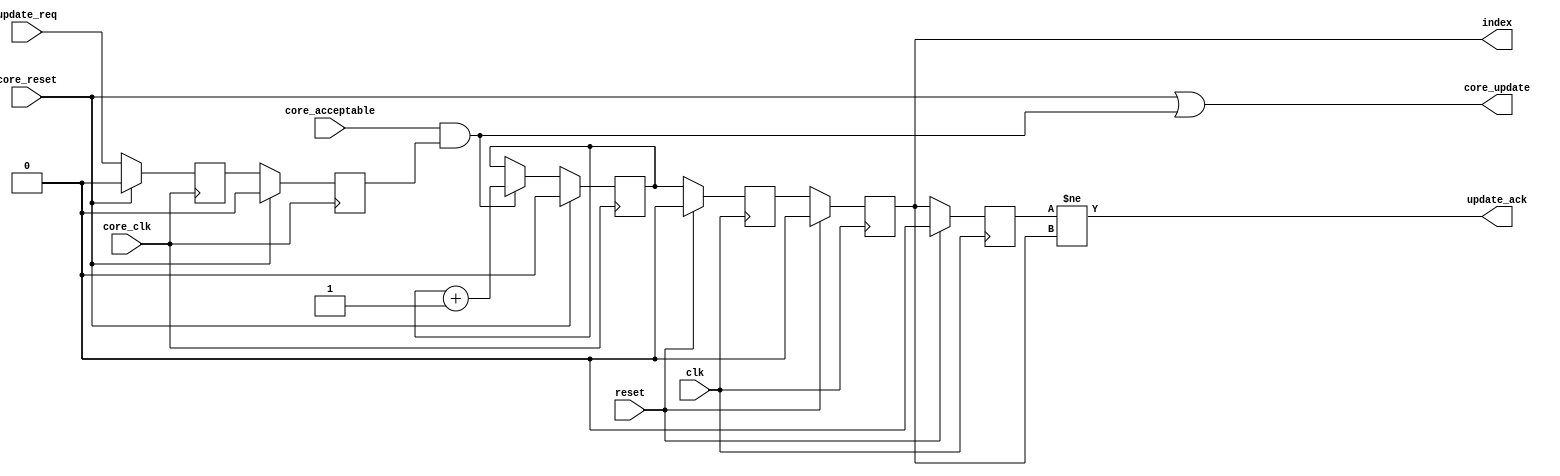
// This program was cloned from: https://github.com/ryuz/jelly
// License: MIT License

// ---------------------------------------------------------------------------
//  Jelly  -- The platform for real-time computing
//
//                                 Copyright (C) 2008-2020 by Ryuz
//                                 https://github.com/ryuz/jelly.git
// ---------------------------------------------------------------------------



`timescale 1ns / 1ps
`default_nettype none



module jelly_shadow_reg_ctl
        #(
            parameter   INDEX_WIDTH = 1,
            parameter   INIT_INDEX  = {INDEX_WIDTH{1'b0}}
        )
        (
            input   wire                            reset,
            input   wire                            clk,
            input   wire                            update_req,
            output  wire                            update_ack,
            output  wire    [INDEX_WIDTH-1:0]       index,
            
            input   wire                            core_reset,
            input   wire                            core_clk,
            input   wire                            core_acceptable,
            output  wire                            core_update
        );
    
    wire    [INDEX_WIDTH-1:0]   sig_index;
    
    (* ASYNC_REG = "true" *)    reg     [INDEX_WIDTH-1:0]   ff0_index;
    (* ASYNC_REG = "true" *)    reg     [INDEX_WIDTH-1:0]   ff1_index;
    (* ASYNC_REG = "true" *)    reg     [INDEX_WIDTH-1:0]   ff2_index;
    
    always @(posedge clk) begin
        if ( reset ) begin
            ff0_index <= INIT_INDEX;
            ff1_index <= INIT_INDEX;
            ff2_index <= INIT_INDEX;
        end
        else begin
            ff0_index <= sig_index;
            ff1_index <= ff0_index;
            ff2_index <= ff1_index;
        end
    end
    
    assign update_ack = (ff2_index[0] != ff1_index[0]);
    assign index      = ff1_index;
    
    
    
    (* ASYNC_REG = "true" *)    reg         ff0_update;
    (* ASYNC_REG = "true" *)    reg         ff1_update;
    always @(posedge core_clk) begin
        if ( core_reset ) begin
            ff0_update <= 1'b0;
            ff1_update <= 1'b0;
        end
        else begin
            ff0_update <= update_req;
            ff1_update <= ff0_update;
        end
    end
    
    reg     [INDEX_WIDTH-1:0]   reg_index;
    always @(posedge core_clk) begin
        if ( core_reset ) begin
            reg_index <= INIT_INDEX;
        end
        else begin
            if ( core_acceptable && ff1_update ) begin
                reg_index <= reg_index + 1'b1;
            end
        end
    end
    
    assign core_update = (core_reset || (core_acceptable && ff1_update));
    assign sig_index   = reg_index;
    
endmodule



`default_nettype wire


// end of file